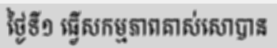
ថ្ងៃទី១ ធ្វើសកម្មភាពគាស់សោបាន